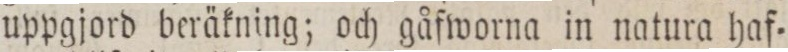
uppgjord beräkning; och gåfworna in natura haf=